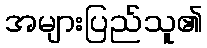
အများပြည်သူ၏